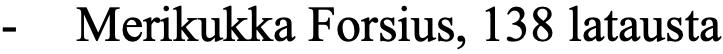
- Merikukka Forsius, 138 latausta